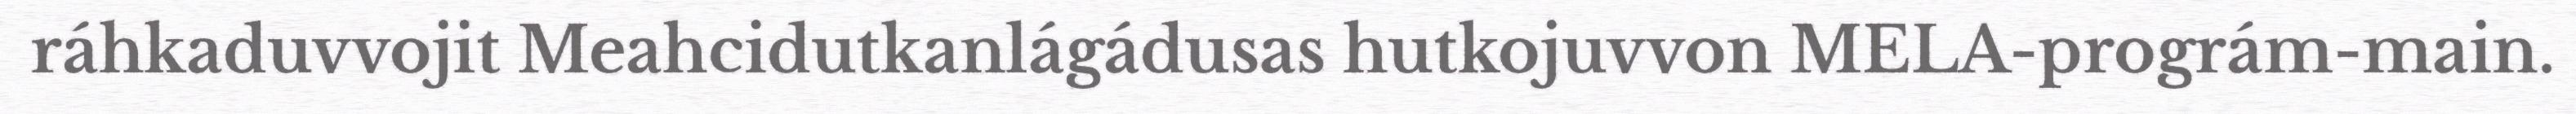
ráhkaduvvojit Meahcidutkanlágádusas hutkojuvvon MELA-prográm-main.